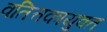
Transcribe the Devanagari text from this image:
वतित्तकायुक्त